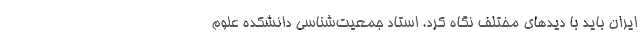
ایران باید با دیدهای مختلف نگاه کرد. استاد جمعیت‌شناسی دانشکده علوم